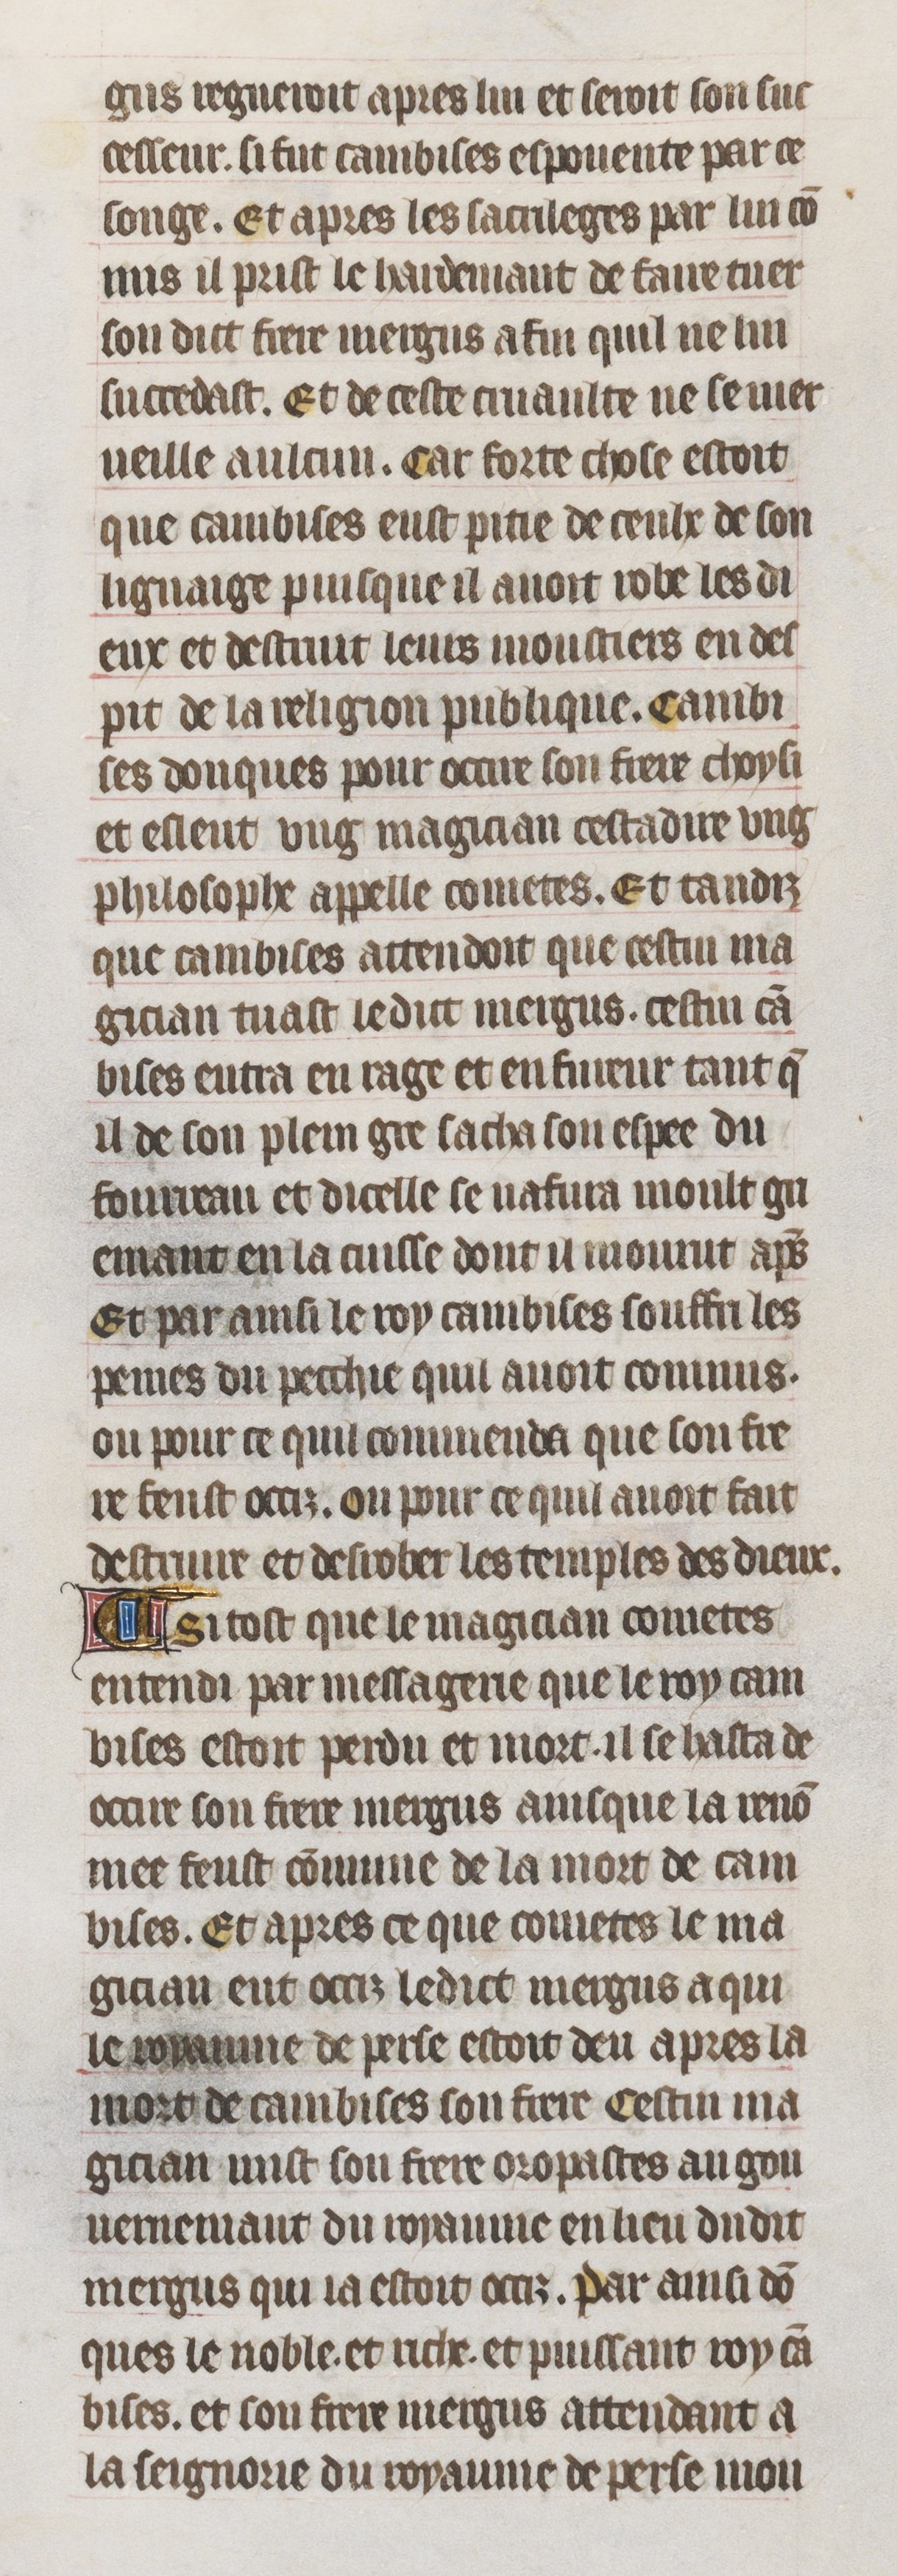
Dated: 1395–1425